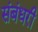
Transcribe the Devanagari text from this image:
संबंधरी